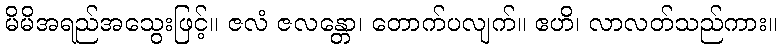
မိမိအရည်အသွေးဖြင့်။ ဇလံ ဇလန္တော၊ တောက်ပလျက်။ ဧဟိ၊ လာလတ်သည်ကား။